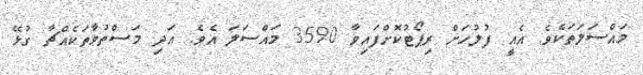
މައްސަލަތަކެވެ. އެއީ ފުލުހަށް ރިޕޯޓުކޮށްފައިވާ 3590 މައްސަލަ އެވެ. އަދި މަސްތުވާތަކެއްޗާ ގުޅޭ